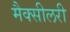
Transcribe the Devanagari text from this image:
मैक्सीलरी